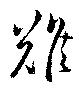
難